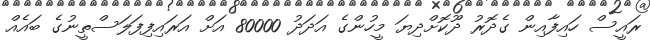
ރައީސް ހައިފާއިން ގެދޮރު ދޫކޮށްދިޔަ މީހުންގެ އަދަދު 80000 އަށް އަރައިފިފަލަސްތީނުގެ ބައެއް